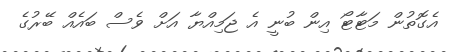
އެގޮތުން މަޓާޓޯ އިން ބުނީ އެ ޖަމިއްޔާ އަށް ވެސް ބައެއް ބޭރުގެ